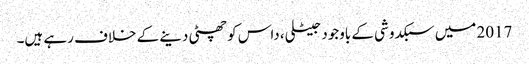
2017 میں سبکدوشی کے باوجود جیٹلی، داس کو چھٹی دینے کے خلاف رہے ہیں۔